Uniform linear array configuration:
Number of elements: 48
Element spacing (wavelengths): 0.5
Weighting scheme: cosine
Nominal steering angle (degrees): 15
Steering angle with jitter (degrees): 15.408
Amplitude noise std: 0.05
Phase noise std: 0.05

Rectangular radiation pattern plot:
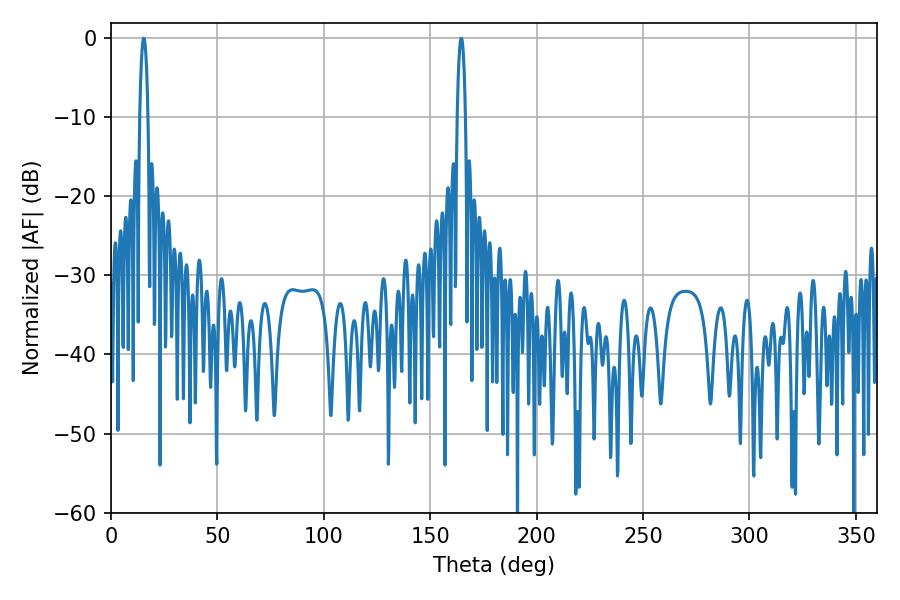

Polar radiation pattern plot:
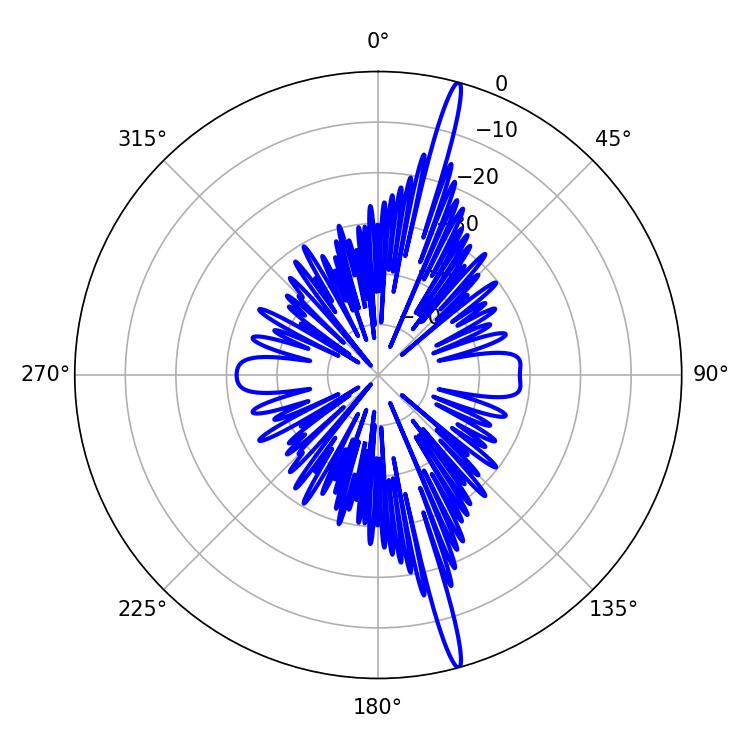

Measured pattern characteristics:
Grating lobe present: FALSE
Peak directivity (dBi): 19.333
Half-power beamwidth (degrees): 2.16
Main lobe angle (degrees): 164.52